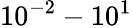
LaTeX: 10^{-2}-10^{1}